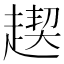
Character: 𧼪